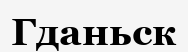
Гданьск